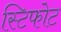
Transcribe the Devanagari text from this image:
स्टिफोट